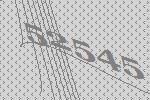
52545